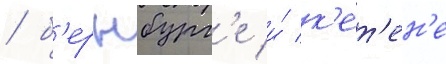
/ б'ернбург'е и́ к'ет'ен'е